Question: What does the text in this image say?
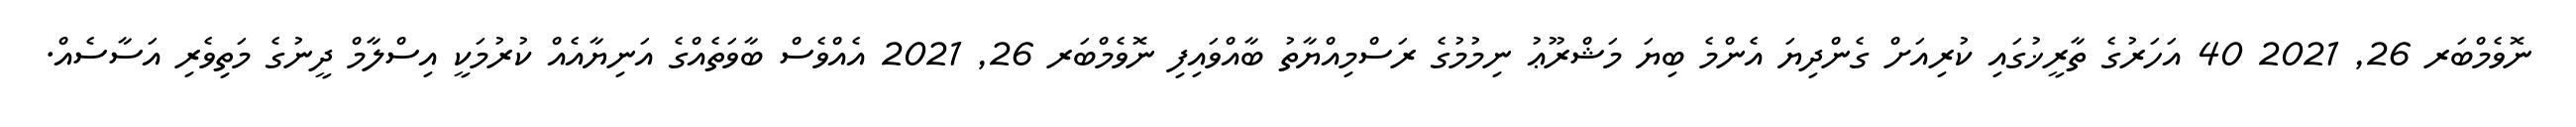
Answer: ނޮވެމްބަރ 26, 2021 40 އަހަރުގެ ތާރީޚުގައި ކުރިއަށް ގެންދިޔަ އެންމެ ބިޔަ މަޝްރޫޢު ނިމުމުގެ ރަސްމިއްޔާތު ބާއްވައިފި ނޮވެމްބަރ 26, 2021 އެއްވެސް ބާވަތެއްގެ އަނިޔާއެއް ކުރުމަކީ އިސްލާމް ދީނުގެ މަތިވެރި އަސާސެއް.